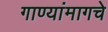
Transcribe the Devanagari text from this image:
गाण्यांमागचे